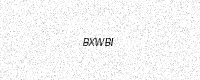
Text: BXWBI